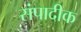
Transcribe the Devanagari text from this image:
संपादीक